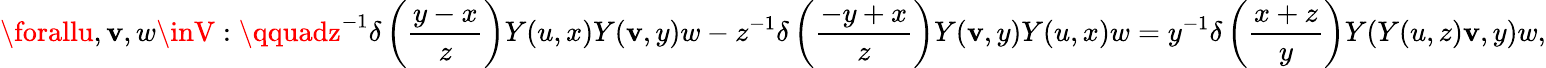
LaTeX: \forallu,\mathbf{v},w\inV:\qquadz^{-1}\delta\left({\frac{{y-x}}{{z}}}\right)Y(u,x)Y(\mathbf{v},y)w-z^{-1}\delta\left({\frac{{-y+x}}{{z}}}\right)Y(\mathbf{v},y)Y(u,x)w=y^{-1}\delta\left({\frac{{x+z}}{{y}}}\right)Y(Y(u,z)\mathbf{v},y)w,